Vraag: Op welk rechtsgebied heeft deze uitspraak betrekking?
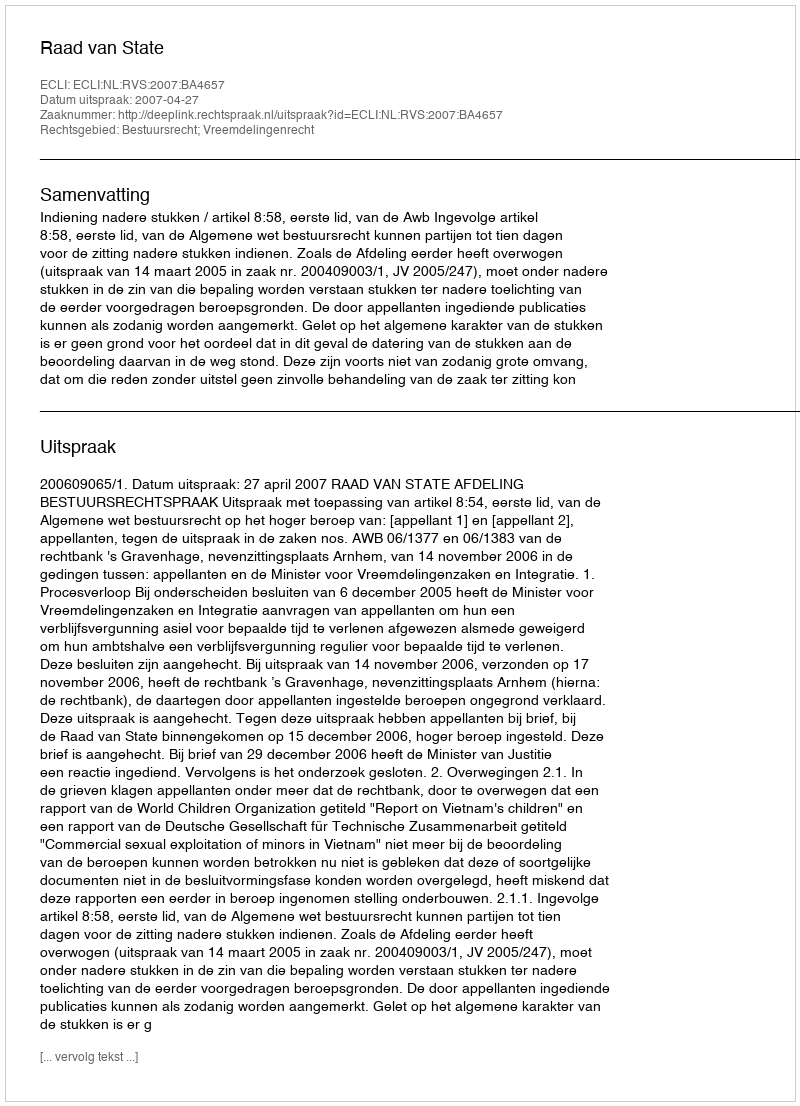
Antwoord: Bestuursrecht; Vreemdelingenrecht